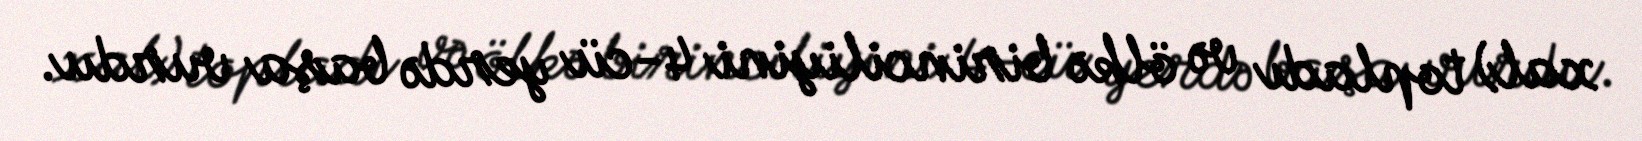
xal) topladı və ölkə birinciliyini 4-cü yerdə başa vurdu.